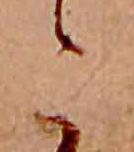
こ